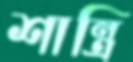
শান্ত্রি